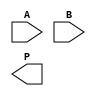
module wallace_tree_multiplier #(parameter N = 4) (
    input [N-1:0] A,
    input [N-1:0] B,
    output reg [2*N-1:0] P
);

    // Partial product generation
    wire [N-1:0] pp [0:N-1]; // Partial products
    genvar i, j;
    generate
        for (i = 0; i < N; i = i + 1) begin : pp_gen
            assign pp[i] = A & {N{B[i]}};
        end
    endgenerate

    // Reduction tree
    wire [N-1:0] sum1 [0:N/2-1];
    wire [N-1:0] carry1 [0:N/2-1];
    wire [N-1:0] sum2 [0:N/4-1];
    wire [N-1:0] carry2 [0:N/4-1];
    wire [N-1:0] sum3 [0:N/8-1];
    wire [N-1:0] carry3 [0:N/8-1];

    // Stage 1: Combine partial products
    generate
        for (i = 0; i < N/2; i = i + 1) begin : stage1
            if (i < N-1) begin
                // Full adder for three inputs
                assign {carry1[i], sum1[i]} = pp[2*i] + pp[2*i+1] + (i < N-2 ? pp[2*i+2] : 0);
            end else begin
                // Last pair
                assign sum1[i] = pp[2*i];
                assign carry1[i] = 0;
            end
        end
    endgenerate

    // Stage 2: Combine results from Stage 1
    generate
        for (i = 0; i < N/4; i = i + 1) begin : stage2
            if (i < (N/2)-1) begin
                assign {carry2[i], sum2[i]} = sum1[2*i] + sum1[2*i+1] + carry1[2*i];
            end else begin
                assign sum2[i] = sum1[2*i];
                assign carry2[i] = 0;
            end
        end
    endgenerate

    // Stage 3: Combine results from Stage 2
    generate
        for (i = 0; i < N/8; i = i + 1) begin : stage3
            if (i < (N/4)-1) begin
                assign {carry3[i], sum3[i]} = sum2[2*i] + sum2[2*i+1] + carry2[2*i];
            end else begin
                assign sum3[i] = sum2[2*i];
                assign carry3[i] = 0;
            end
        end
    endgenerate

    // Final addition
    wire [2*N-1:0] final_sum;
    wire [2*N-1:0] final_carry;

    assign final_sum = {carry3[0], sum3[0]} + {carry3[1], sum3[1]} + {carry2[0], sum2[0]};

    // Output the final product
    always @(*) begin
        P = final_sum;
    end

endmodule